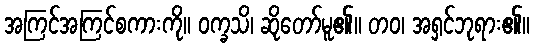
အကြင်အကြင်စကားကို။ ဝက္ခသိ၊ ဆိုတော်မူ၏။ တဝ၊ အရှင်ဘုရား၏။